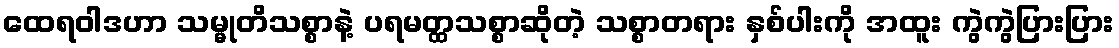
ထေရဝါဒဟာ သမ္မုတိသစ္စာနဲ့ ပရမတ္ထသစ္စာဆိုတဲ့ သစ္စာတရား နှစ်ပါးကို အထူး ကွဲကွဲပြားပြား